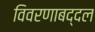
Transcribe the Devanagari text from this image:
विवरणाबद्दल